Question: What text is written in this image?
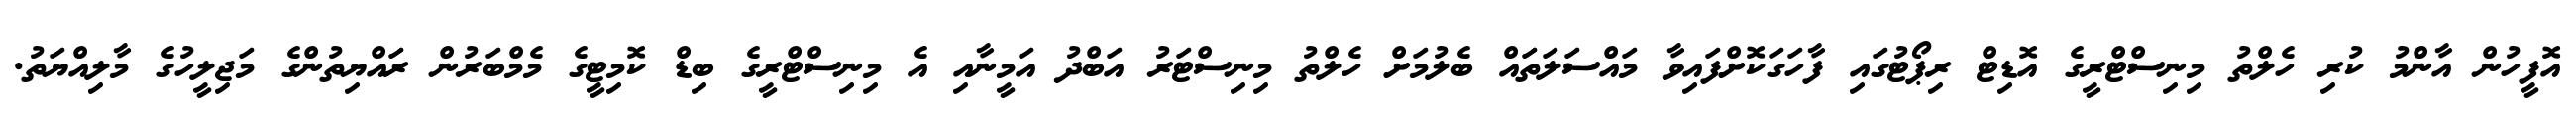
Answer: އޮފީހުން އާންމު ކުރި ހެލްތު މިނިސްޓްރީގެ އޮޑިޓް ރިޕޯޓުގައި ފާހަގަކޮށްފައިވާ މައްސަލަތައް ބެލުމަށް ހެލްތު މިނިސްޓަރު އަބްދު އަމީނާއި އެ މިނިސްޓްރީގެ ބިޑް ކޮމިޓީގެ މެމްބަރުން ރައްޔިތުންގެ މަޖިލީހުގެ މާލިއްޔަތު.